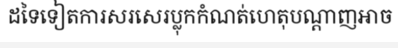
ដទៃទៀតការសរសេរប្លុកកំណត់ហេតុបណ្តាញអាច